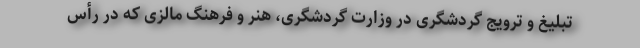
تبلیغ و ترویج گردشگری در وزارت گردشگری، هنر و فرهنگ مالزی که در رأس